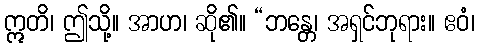
ဣတိ၊ ဤသို့။ အာဟ၊ ဆို၏။ “ဘန္တေ၊ အရှင်ဘုရား။ ဧဝံ၊